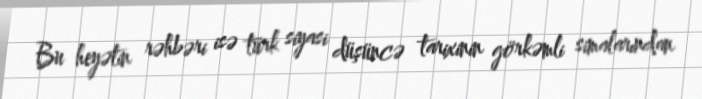
Bu heyətin rəhbəri isə türk siyasi düşüncə tarixinin görkəmli simalarından